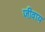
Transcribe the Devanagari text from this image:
जीवाय